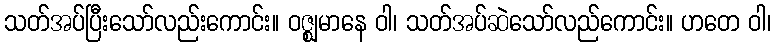
သတ်အပ်ပြီးသော်လည်းကောင်း။ ဝဇ္ဈမာနေ ဝါ၊ သတ်အပ်ဆဲသော်လည်ကောင်း။ ဟတေ ဝါ၊